Annual report of the Bengal Veterinary College and of the Civil Veterinary Department, Bengal, for the year 1915-16 - 1915-1916
Year: 1915
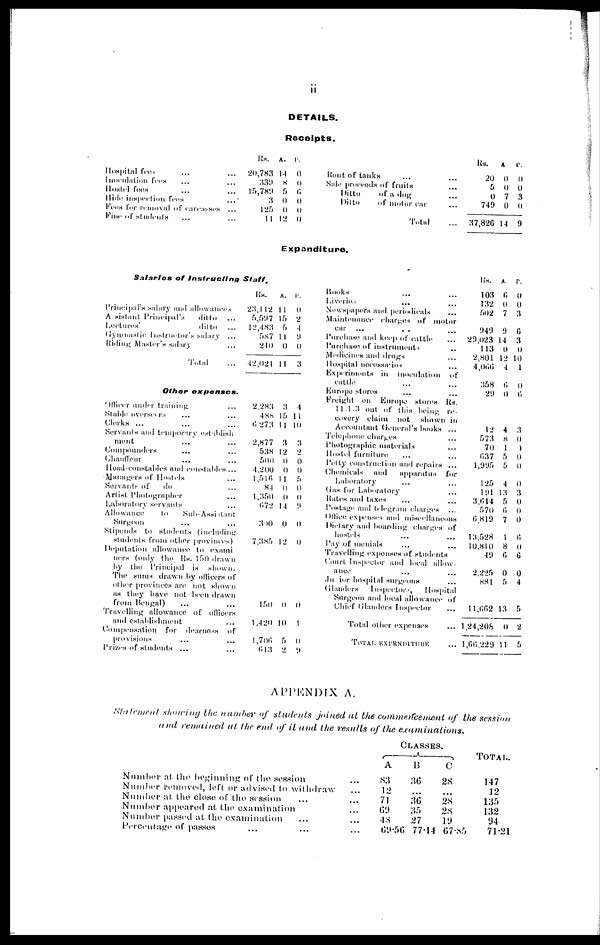
11
DETAILS.
Receipts.
Hospital fees ... ...
Inoculation fees ... ...
Hostel foes ... ...
Hide inspection fees ...
Fees for removal of carcasses ...
Fine of students ... ...
Rs. A P.
20,783
14 0
399 8 0
15,789 5 6
3 0 0
125 0 0
11 12 0
Expen
Salaries of Instructing
Staff.
Principal's salary and allowances
Assistant Principal's ditto ...
Lectures'
ditto ...
Gymnastic Instructor's salary ...
Killing Master's salary ...
Total ...
Rs.
A.
P.
23,112 11 0
5,597 16 2
12,485 11 9
587 11 9
240 0 0
42,021 11 3
Hunt of tanks ... ...
Sale proceeds of fruits ...
Ditto
of a dog ...
Ditto
of motor car ...
Total ...
diture.
Books ... ...
Liverios ... ...
Newspapers and periodicals ...
Maintenance charges of motor
car ...
...
...
Purchase and keep of cattle ...
Purchase of instruments ...
Medicines and drugs ...
Hospital necessaries ...
Experiments in inoculation of
cattle ... ...
Other
expenses.
Officer under training ...
Stable overseers ... ...
Clerks ... ... ...
Servants and temporary establish-
ment ... ...
Compounders ... ...
Chauffeur ... ...
Hond-constables and constables ...
Managers of Hostels ...
Servants of
do ...
Artist Photographer ...
Laboratory servants ...
Allowance
to
Sub-Assistant
Surgeon ... ...
Stipends to students (including
students from other provinces)
2,283 3 4
488 15 11
6,273 11 10
2,877 3 3
538 12 2
500 0 0
4,200 0 0
1,516 11 5
84 0 0
1,350 0 0
672 14 9
300 0 0
7,385 12 0
Deputation allowance to exami
ners (only the Rs. 150 drawn
by the Principal is shown.
The sums drawn by officers of
other provinces are not shown
as they have not been drawn
from Bengal) ... ...
150 0 0
Travelling allowance of officers
and establishment ...
Compensation for dearness of
provisions ... ...
Prizes of students ... ...
1,420 10 1
1,706 5 0
613 2 9
Europe stores ... ...
Freight on Europe stores Rs.
1143
out of this being re-
covery claim not shown in
Accountant General's books ...
Telephone charges ...
Photographic materials ...
Hostel furniture ... ...
Petty construction and repairs ...
Chemicals and
apparatus for
Laboratory ... ...
Gas for Laboratory ...
Rates and taxes ... ...
Postage and telegram charges ...
Office expenses and miscellaneous
Dietary and boarding charges of
hostels ... ...
Pay of menials ... ...
Travelling expenses of students
Court Inspector and local allow-
ance ... ...
Junior hospital surgeons ...
Glanders
Inspectors,
Hospital
Surgeon and local allowance of
Chief Glanders Inspector ...
Total other expenses ...
Total excenditure ...
Rs.
a. p.
20 0 0
5 0 0
0 7 3
749 0 0
37,826 14 9
Rs. a. p.
103 6 0
132 0 0
502 7 3
949 9 6
29,023 14 3
113 0 0
2,801 12 10
4,066
4 1
358 6 0
29 0 6
12 4 3
573 8 0
70 1 0
637 5 0
1,995 5 0
125 4 0
191 13 3
3,614 5 0
570 6 0
6,819 7 0
13,528 1 6
10,810 8 0
49 6 6
2,225 0 0
881 5 4
11,662 13 5
1,24,208 0 2
1,66,229 11 5
APPENDIX A.
Statement showing the number of students joined at the commerfcement of the session
and remained at the end of it and the results of the
examinations.
Number at the beginning of the session
Number removed, left or advised to withdraw
Number at the close of the session ...
Number appeared at the examination
Number passed at the examination
Percentage of passes ... ...
...
...
...
Classes.
A
83
12
71
69
48
69.56
13
36
...
36
35
27
77.14
c
2X
...
28
28
19
67.85
Total.
147
12
135
132
94
71.21